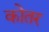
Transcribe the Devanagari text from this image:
कोतर